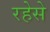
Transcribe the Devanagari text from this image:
रहेसे